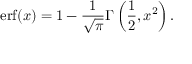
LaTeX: \operatorname { e r f } ( x ) = 1 - { \frac { 1 } { \sqrt { \pi } } } \Gamma \left( { \frac { 1 } { 2 } } , x ^ { 2 } \right) .